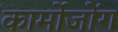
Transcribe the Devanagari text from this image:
कार्मोजोंग